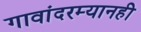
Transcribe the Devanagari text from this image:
गावांदरम्यानही